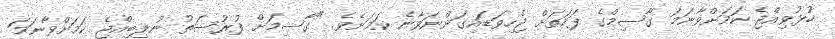
ހުޅުވިއްޖެ ކަމަށްވާނަމަ ގާސިމްގެ ފަހަތަށް ޖެހިވަޑައިގަންނަވާނެ ކަމަށެވެ. "ގާސިމަށް ފުރުސަތު ނުލިބިއްޖެ ކަމަށްވާނަމަ